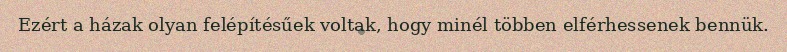
Ezért a házak olyan felépítésűek voltak, hogy minél többen elférhessenek bennük.